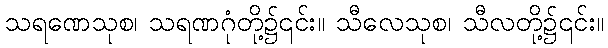
သရဏေသုစ၊ သရဏဂုံတို့၌၎င်း။ သီလေသုစ၊ သီလတို့၌၎င်း။